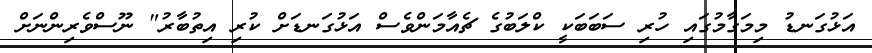
އަޅުގަނޑު މިމަގާމުގައި ހުރި ސަބަބަކީ ކްލަބުގެ ޗެއާމަންވެސް އަޅުގަނޑަށް ކުރި އިތުބާރު" ނޫސްވެރިންނަށް